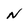
Character: n